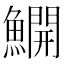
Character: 𫙸